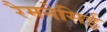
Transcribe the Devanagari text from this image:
रैमनेसिई